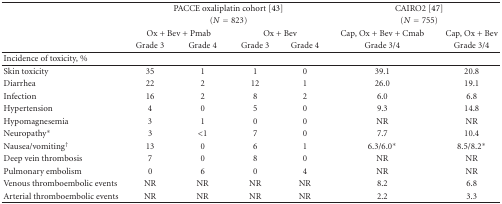
<table><thead><tr><td></td><td colspan="4"><b>PACCE oxaliplatin cohort [43]</b></td><td colspan="2"><b>CAIRO2 [47]</b></td></tr><tr><td></td><td colspan="4"><b>(<i>N</i> = 823)</b></td><td colspan="2"><b>(<i>N</i> = 755)</b></td></tr><tr><td></td><td colspan="2"><b>Ox + Bev + Pmab</b></td><td colspan="2"><b>Ox + Bev</b></td><td><b>Cap, Ox + Bev + Cmab</b></td><td><b>Cap, Ox + Bev</b></td></tr><tr><td></td><td><b>Grade 3</b></td><td><b>Grade 4</b></td><td><b>Grade 3</b></td><td><b>Grade 4</b></td><td><b>Grade 3/4</b></td><td><b>Grade 3/4</b></td></tr></thead><tbody><tr><td>Incidence of toxicity, %</td><td></td><td></td><td></td><td></td><td></td><td></td></tr><tr><td>Skin toxicity</td><td>35</td><td>1</td><td>1</td><td>0</td><td>39.1</td><td>20.8</td></tr><tr><td>Diarrhea</td><td>22</td><td>2</td><td>12</td><td>1</td><td>26.0</td><td>19.1</td></tr><tr><td>Infection</td><td>16</td><td>2</td><td>8</td><td>2</td><td>6.0</td><td>6.8</td></tr><tr><td>Hypertension</td><td>4</td><td>0</td><td>5</td><td>0</td><td>9.3</td><td>14.8</td></tr><tr><td>Hypomagnesemia</td><td>3</td><td>1</td><td>0</td><td>0</td><td>NR</td><td>NR</td></tr><tr><td>Neuropathy*</td><td>3</td><td> &lt;1</td><td>7</td><td>0</td><td>7.7</td><td>10.4</td></tr><tr><td>Nausea/vomiting<sup>†</sup></td><td>13</td><td>0</td><td>6</td><td>1</td><td>6.3/6.0*</td><td>8.5/8.2*</td></tr><tr><td>Deep vein thrombosis</td><td>7</td><td>0</td><td>8</td><td>0</td><td>NR</td><td>NR</td></tr><tr><td>Pulmonary embolism</td><td>0</td><td>6</td><td>0</td><td>4</td><td>NR</td><td>NR</td></tr><tr><td>Venous thromboembolic events</td><td>NR</td><td>NR</td><td>NR</td><td>NR</td><td>8.2</td><td>6.8</td></tr><tr><td>Arterial thromboembolic events</td><td>NR</td><td>NR</td><td>NR</td><td>NR</td><td>2.2</td><td>3.3</td></tr></tbody></table>